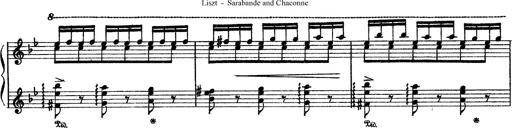
Title: Sarabande und Chaconne aus dem Singspiel
Composer: Franz Liszt